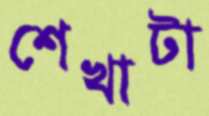
শেখাটা